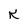
Character: K